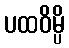
ပထဝိမ္ပိ